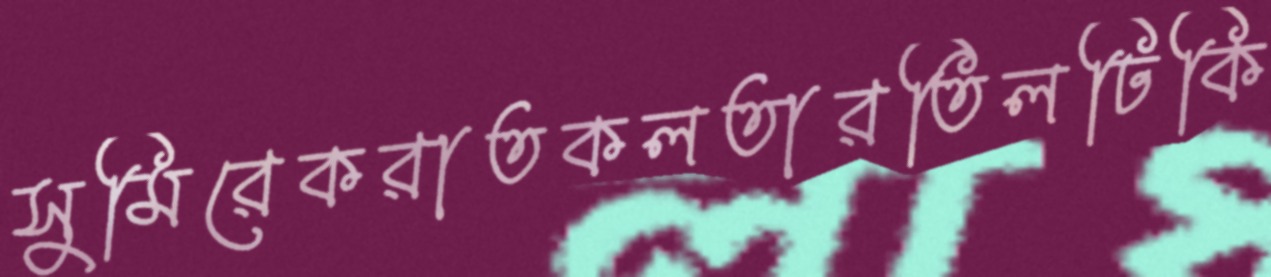
সুমিরেকরাতকলতারতিলঢিকি